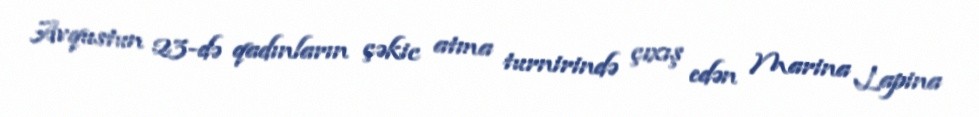
Avqustun 23-də qadınların çəkic atma turnirində çıxış edən Marina Lapina